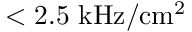
< 2 . 5 \ \mathrm { k H z / c m ^ { 2 } }